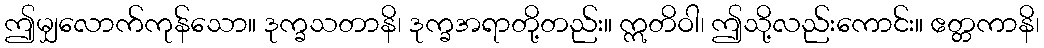
ဤမျှလောက်ကုန်သော။ ဒုက္ခသတာနိ၊ ဒုက္ခအရာတို့တည်း။ ဣတိဝါ၊ ဤသို့လည်းကောင်း။ ဧတ္တကာနိ၊